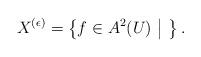
LaTeX: \begin{gather*}X^{(\epsilon)}= \left\{f \in A^2(U) ~\middle|~ \right\}. \end{gather*}